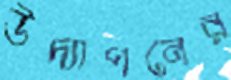
উদ্যাপনের